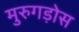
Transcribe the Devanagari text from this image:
मुरुगड़ोस